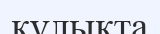
құлықта